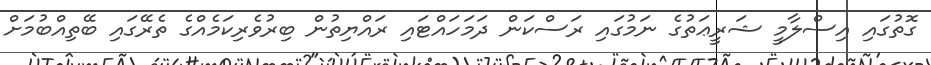
ގޮތުގައި އިސްލާމީ ޝަރީޢަތުގެ ނަމުގައި ރަސްކަން ދަމަހައްޓައި ރައްޔިތުން ބިރުވެރިކަމެއްގެ ތެރޭގައި ބޭތިއްބުމަށް